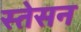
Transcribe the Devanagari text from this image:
स्तेसन